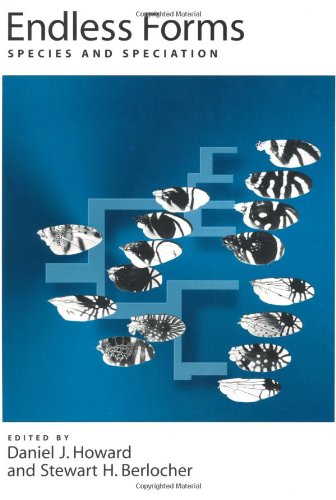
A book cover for Endless Forms: Species and Speciation (Linguistics, and Culture); Science & Math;